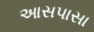
આસપાસા